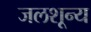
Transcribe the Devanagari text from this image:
जलशून्य